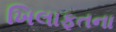
ખિલાફતના